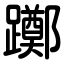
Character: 躑